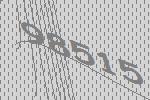
98515